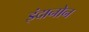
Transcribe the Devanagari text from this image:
इंदानोन